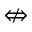
\nLeftrightarrow